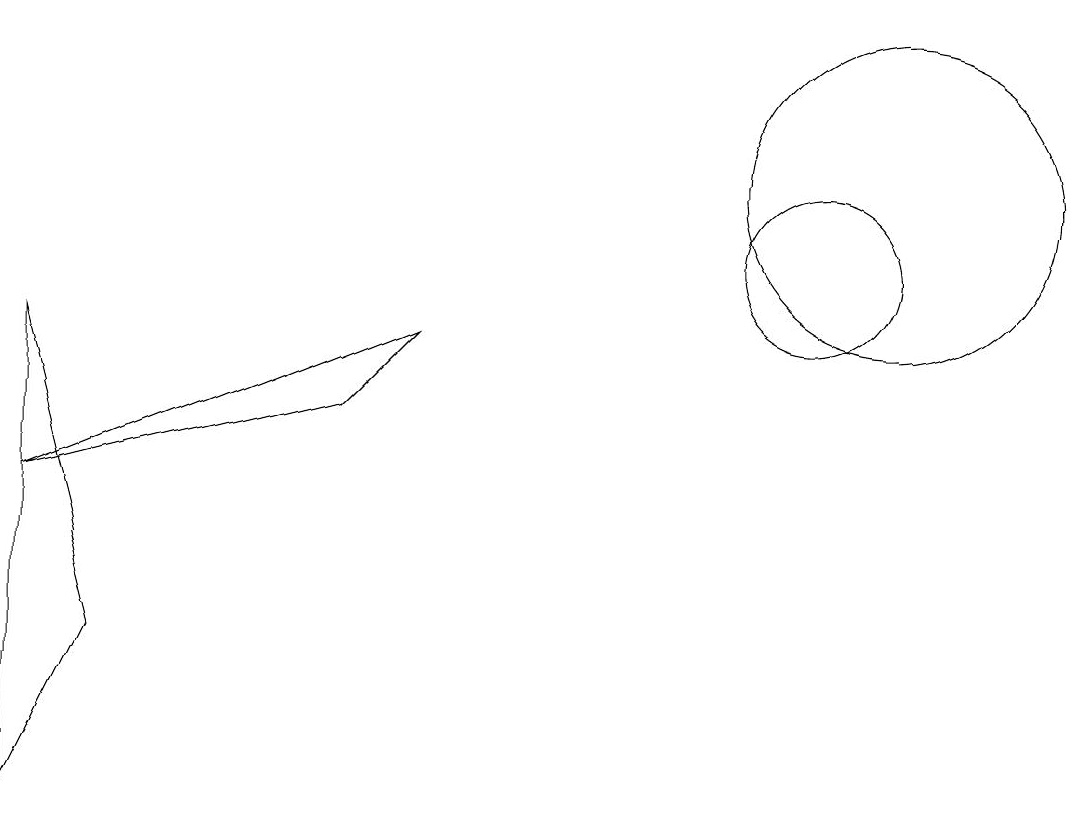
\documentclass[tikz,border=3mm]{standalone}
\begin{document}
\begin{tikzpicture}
\draw (11,10) circle (1);
\draw (1,7) -- (5,8) -- (6,9) -- cycle;
\draw (12,11) circle (2);
\draw (2,5) -- (1,9) -- (1,3) -- cycle;
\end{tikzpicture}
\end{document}